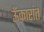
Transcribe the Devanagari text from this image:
ऊँकारांत